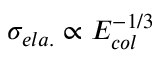
\sigma _ { e l a . } \propto E _ { c o l } ^ { - 1 / 3 }